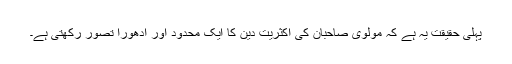
پہلی حقیقت یہ ہے کہ مولوی صاحبان کی اکثریت دین کا ایک محدود اور ادھورا تصور رکھتی ہے۔